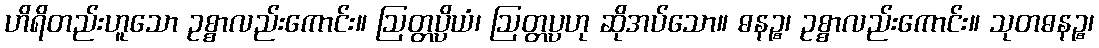
ဟိရိတည်းဟူသော ဥစ္စာလည်းကောင်း။ ဩတ္တပ္ပိယံ၊ ဩတ္တပ္ပဟု ဆိုအပ်သော။ ဓနဉ္စ၊ ဥစ္စာလည်းကောင်း။ သုတဓနဉ္စ၊